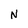
Character: N